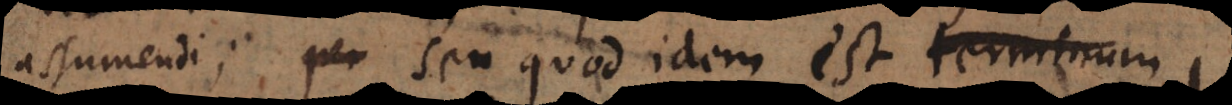
assumendi; seu quod idem est numerum